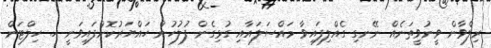
ރިލްވާން ވީނުވީތަނެއް ނޭނގި ގެއްލިފައިވާ މައްސަލައާއި ގުޅިގެން ފުލުހުން ހައްޔަރުކޮށްފައިވަނީ ހ. ހިލްޓަން